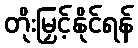
တိုးမြှင့်နိုင်ရန်